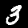
Label: 3